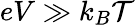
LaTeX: eV\gg k_{B}\mathcal{T}